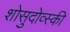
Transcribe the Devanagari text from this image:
शोसुदोव्स्की